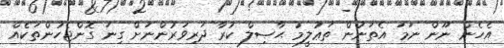
އެހެން ނޫން ނަމަ އެތަނުން ތަޢުލީމު ޙާޞިލް ކުރާ ދަރިވަރުންނަށް ގިނަ ގޮންޖެހުންތަކެއް